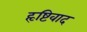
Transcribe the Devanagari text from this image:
हृष्टिवाद